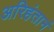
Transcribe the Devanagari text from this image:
अरिहंतानं